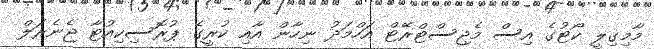
މާމިގިލީ ކޯޓުގެ އިސް މެޖިސްޓްރޭޓް އަހްމަދު ނިހާން އާއި ކުރީގެ ޕުރޮސިކިއުޓާ ޖެނެރަލް